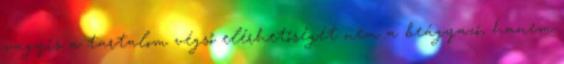
vagyis a tartalom végső elérhetőségét nem a beágyazó, hanem